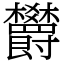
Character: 欝